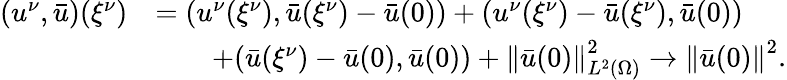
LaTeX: \begin{array}{rl}{(u^{\nu},\bar{u})({\xi^{\nu}})}&{=(u^{\nu}({\xi^{\nu}}),\bar{u}({\xi^{\nu}})-\bar{u}(0))+(u^{\nu}({\xi^{\nu}})-\bar{u}({\xi^{\nu}}),\bar{u}(0))}\\ &{\qquad+(\bar{u}({\xi^{\nu}})-\bar{u}(0),\bar{u}(0))+\left\lVert\bar{u}(0)\right\rVert_{L^{2}(\Omega)}^{2}\to\left\lVert\bar{u}(0)\right\rVert^{2}.}\end{array}